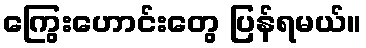
ကြွေးဟောင်းတွေ ပြန်ရမယ်။